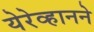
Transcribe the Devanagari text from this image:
येरेव्हानने